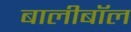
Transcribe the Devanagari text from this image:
बालीबॉल